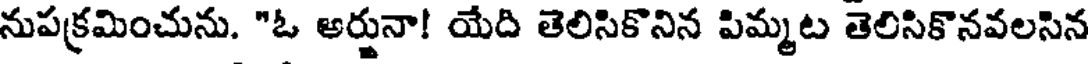
నుపక్రమించును. "ఓ అర్జునా! యేది తెలిసికొనిన పిమ్మట తెలిసికొనవలసిన